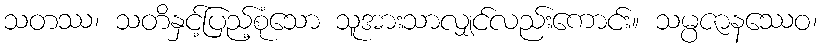
သတဿ၊ သတိနှင့်ပြည့်စုံသော သူအားသာလျှင်လည်းကောင်း။ သမ္ပဇာနဿေဝ၊